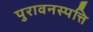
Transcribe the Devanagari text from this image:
पुरावनस्पत्ति